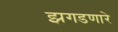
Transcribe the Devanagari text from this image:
झगडणारे